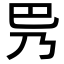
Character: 𫶵